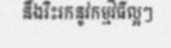
នឹងរិះរកនូវកម្មវិធីល្អៗ